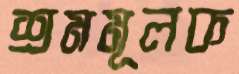
শ্রমমূলক